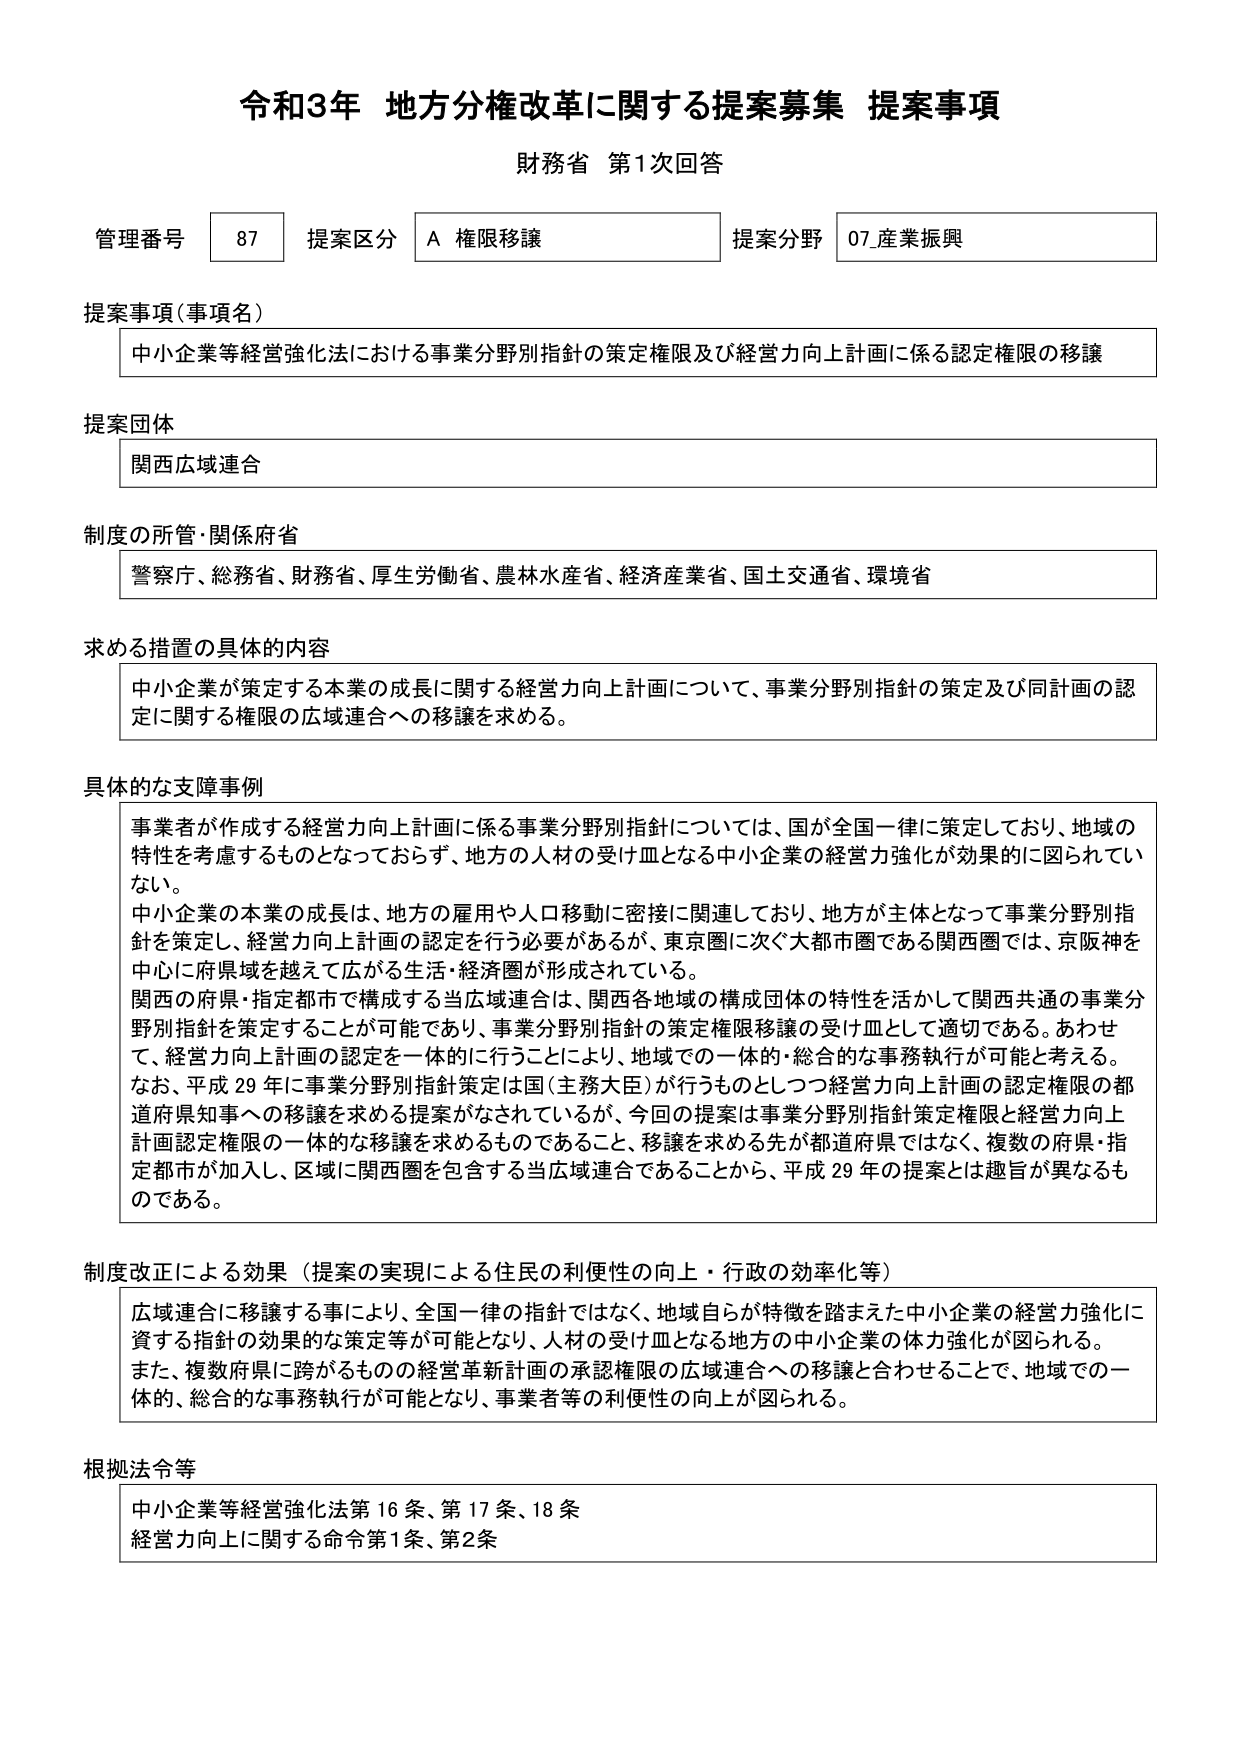
令和3年 地方分権改革に関する提案募集 提案事項
財務省 第1次回答

管理番号 87 提案区分 A 権限移譲 提案分野 07_産業振興

提案事項（事項名）
中小企業等経営強化法における事業分野別指針の策定権限及び経営力向上計画に係る認定権限の移譲

提案団体
関西広域連合

制度の所管・関係府省
警察庁、総務省、財務省、厚生労働省、農林水産省、経済産業省、国土交通省、環境省

求める措置の具体的内容
中小企業が策定する本業の成長に関する経営力向上計画について、事業分野別指針の策定及び同計画の認定に関する権限の広域連合への移譲を求める。

具体的な支障事例
事業者が作成する経営力向上計画に係る事業分野別指針については、国が全国一律に策定しており、地域の特性を考慮するものとなっておらず、地方の人材の受け皿となる中小企業の経営力強化が効果的に図られていない。
中小企業の本業の成長は、地方の雇用や人口移動に密接に関連しており、地方が主体となって事業分野別指針を策定し、経営力向上計画の認定を行う必要があるが、東京圏に次ぐ大都市圏である関西圏では、京阪神を中心に府県域を越えて広がる生活・経済圏が形成されている。
関西の府県・指定都市で構成する当広域連合は、関西各地域の構成団体の特性を活かして関西共通の事業分野別指針を策定することが可能であり、事業分野別指針の策定権限移譲の受け皿として適切である。あわせて、経営力向上計画の認定を一体的に行うことにより、地域での一体的・総合的な事務執行が可能と考える。
なお、平成29年に事業分野別指針策定は国（主務大臣）が行うものとしてつ経営力向上計画の認定権限の都道府県知事への移譲を求める提案がなされているが、今回の提案は事業分野別指針策定権限と経営力向上計画認定権限の一体的な移譲を求めるものであること、移譲を求める先が都道府県ではなく、複数の府県・指定都市が加入し、区域に関西圏を包含する当広域連合であることから、平成29年の提案とは趣旨が異なるものである。

制度改正による効果（提案の実現による住民の利便性の向上・行政の効率化等）
広域連合に移譲する事により、全国一律の指針ではなく、地域自らが特徴を踏まえた中小企業の経営力強化に資する指針の効果的な策定等が可能となり、人材の受け皿となる地方の中小企業の体力強化が図られる。
また、複数府県に跨がるものでの経営革新計画の承認権限の広域連合への移譲と合わせることで、地域での一体的、総合的な事務執行が可能となり、事業者等の利便性の向上が図られる。

根拠法令等
中小企業等経営強化法第16条、第17条、18条
経営力向上に関する命令第1条、第2条